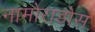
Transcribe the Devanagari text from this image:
नामोराडोस